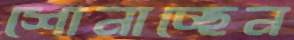
শোনাচ্ছেন